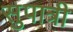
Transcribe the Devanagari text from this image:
सुपात्री